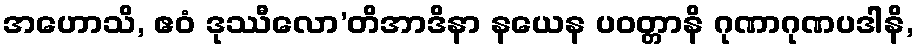
အဟောသိ, ဧဝံ ဒုဿီလော’တိအာဒိနာ နယေန ပဝတ္တာနိ ဂုဏာဂုဏပဒါနိ,